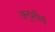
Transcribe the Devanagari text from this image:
अनुशीर्ष